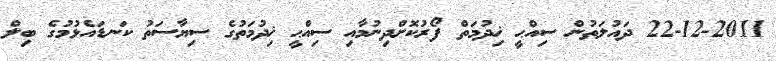
22-12-2011 ދައުލަތުން ސިއްޙީ ޚިދުމަތް ފޯރުކޮށްދިނުމާއި ސިއްޙީ ޚިދުމަތުގެ ސިޔާސަތު ކަނޑައެޅުމުގެ ބިލް